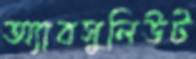
অ্যাবসুলিউট